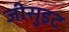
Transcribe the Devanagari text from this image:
जीसुइट